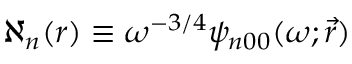
\aleph _ { n } ( r ) \equiv \omega ^ { - 3 / 4 } \psi _ { n 0 0 } ( \omega ; \vec { r } )